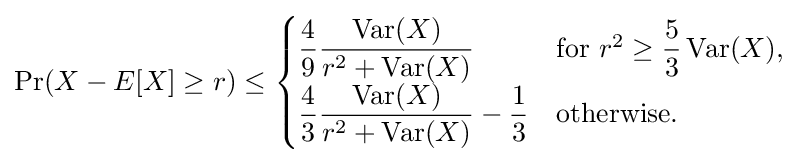
{\text{Pr}}(X-E[X]\geq r)\leq {\begin{cases}{\dfrac {4}{9}}{\dfrac {\operatorname {Var} (X)}{r^{2}+\operatorname {Var} (X)}}&{\text{for }}r^{2}\geq {\dfrac {5}{3}}\operatorname {Var} (X),\\[5pt]{\dfrac {4}{3}}{\dfrac {\operatorname {Var} (X)}{r^{2}+\operatorname {Var} (X)}}-{\dfrac {1}{3}}&{\text{otherwise.}}\end{cases}}